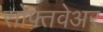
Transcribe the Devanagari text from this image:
सोफ्तवेअर